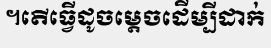
។តើធ្វើដូចម្តេចដើម្បីដាក់